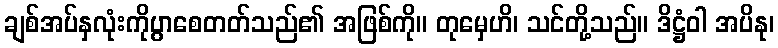
ချစ်အပ်နှလုံးကိုပွာစေတတ်သည်၏ အဖြစ်ကို။ တုမှေဟိ၊ သင်တို့သည်။ ဒိဋ္ဌံဝါ အပိနု၊